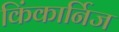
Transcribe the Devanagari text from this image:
किंकार्निज